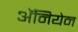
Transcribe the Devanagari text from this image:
अॅनियेन